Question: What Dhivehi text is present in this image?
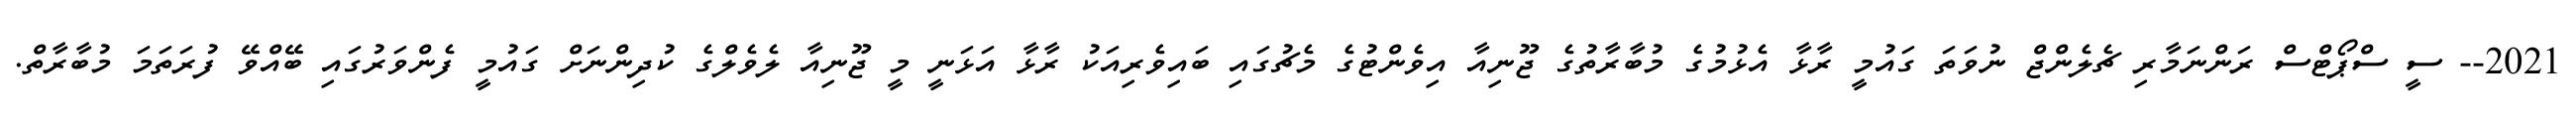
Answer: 2021-- ސީ ސްޕޯޓްސް ރަންނަމާރި ޗެލެންޖް ނުވަތަ ގައުމީ ރާޅާ އެޅުމުގެ މުބާރާތުގެ ޖޫނިއާ އިވެންޓުގެ މެޗުގައި ބައިވެރިއަކު ރާޅާ އަޅަނީ މީ ޖޫނިއާ ލެވެލްގެ ކުދިންނަށް ގައުމީ ފެންވަރުގައި ބޭއްވޭ ފުރަތަމަ މުބާރާތް.